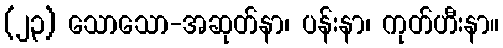
(၂၃) သောသော-အဆုတ်နာ၊ ပန်းနာ၊ ကုတ်ဟီးနာ။